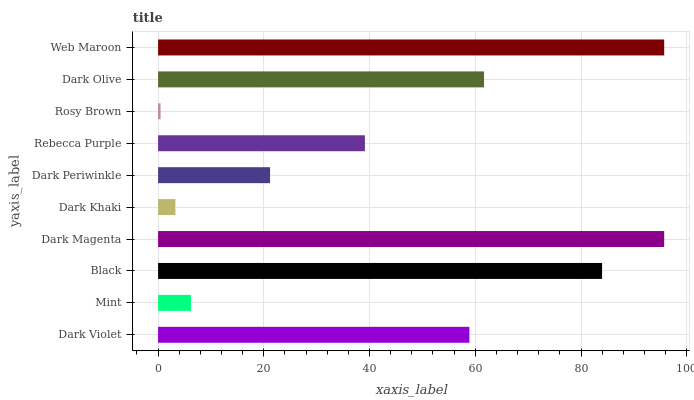
| yaxis_label | bars |
 | --- | --- |
 | Dark Violet | 58.9 |
 | Mint | 6.22 |
 | Black | 84 |
 | Dark Magenta | 95.7 |
 | Dark Khaki | 3.27 |
 | Dark Periwinkle | 21.2 |
 | Rebecca Purple | 39.1 |
 | Rosy Brown | 0.47 |
 | Dark Olive | 61.7 |
 | Web Maroon | 95.7 |